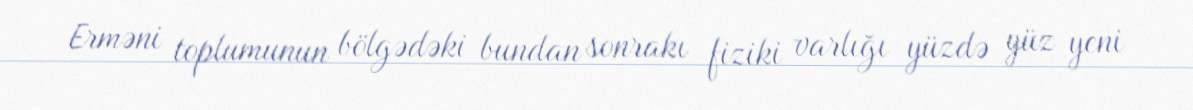
Erməni toplumunun bölgədəki bundan sonrakı fiziki varlığı yüzdə yüz yeni